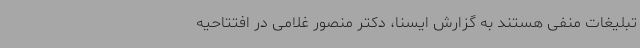
تبلیغات منفی‌ هستند به گزارش ایسنا، دکتر منصور غلامی در افتتاحیه